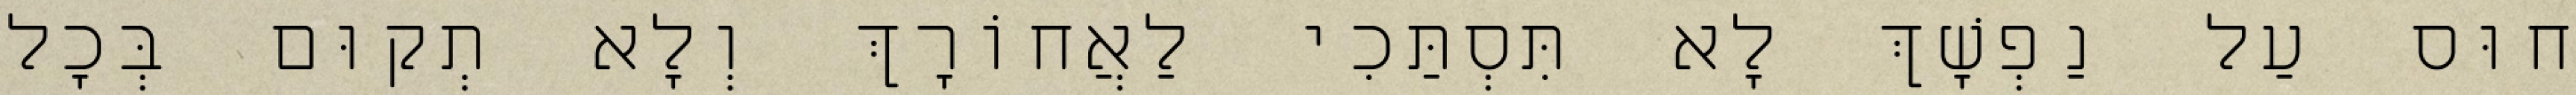
חוּס עַל נַפְשָׁךְ לָא תִּסְתַּכִי לַאֲחוֹרָךְ וְלָא תְקוּם בְּכָל